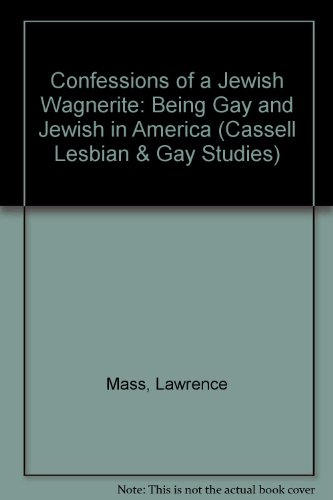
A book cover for Confessions of a Jewish Wagnerite: Being Gay and Jewish in America (Cassell Lesbian & Gay Studies); Lawrence D. Mass; Gay & Lesbian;